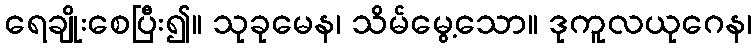
ရေချိုးစေပြီး၍။ သုခုမေန၊ သိမ်မွေ့သော။ ဒုကူလယုဂေန၊